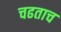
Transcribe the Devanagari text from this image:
चढताच